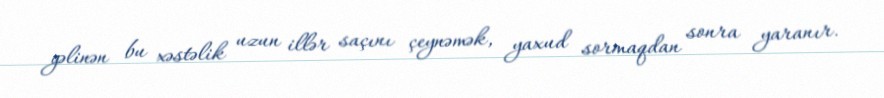
gəlinən bu xəstəlik uzun illər saçını çeynəmək, yaxud sormaqdan sonra yaranır.